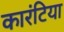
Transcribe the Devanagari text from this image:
कारंटिया